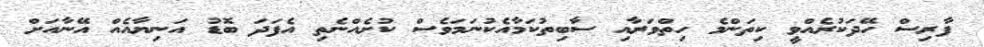
ފާރިސް ހޭދަކުރެއްވީ ކިތަންމެ ހިތްވަރާއި ސާބިތުކަމާއެކުނަމަވެސް ކުށެއްނެތި އެފަދަ ބޮޑު އަނިޔާއެއް އޭނާއަށް